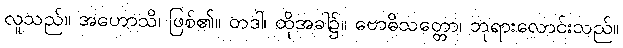
လူသည်။ အဟောသိ၊ ဖြစ်၏။ တဒါ၊ ထိုအခါ၌။ ဗောဓိသတ္တော၊ ဘုရားလောင်းသည်။